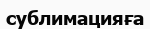
сублимацияға